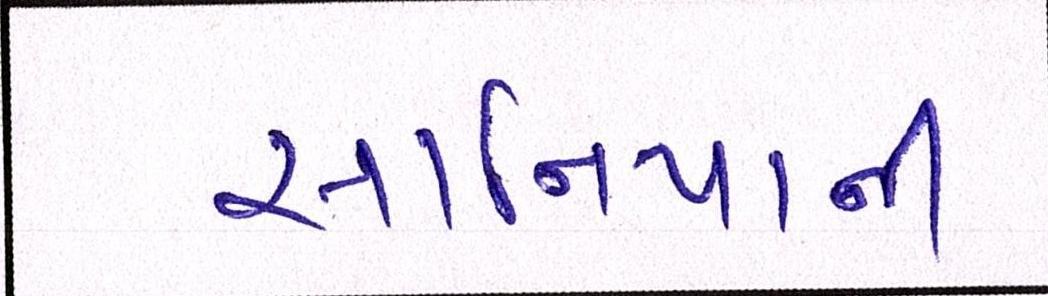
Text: સાનિયાની